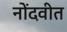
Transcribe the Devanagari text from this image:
नोंदवीत